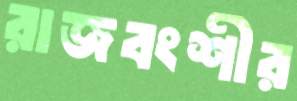
রাজবংশীর